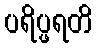
ပရိပ္ဖရတိ